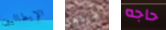
الإيطاليين طردها حاجه